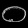
Digit: ၀